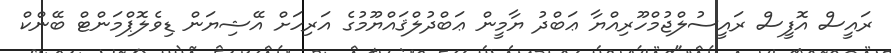
ރައީސް އޮފީސް ރައީސުލްޖުމްހޫރިއްޔާ ޢަބްދު ޔާމީން ޢަބްދުލްޤައްޔޫމުގެ އަރިހަށް އޭޝިޔަން ޑިވެލޮޕްމަންޓް ބޭންކް